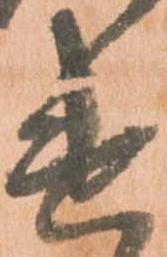
遣